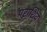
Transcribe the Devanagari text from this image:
पराशिव